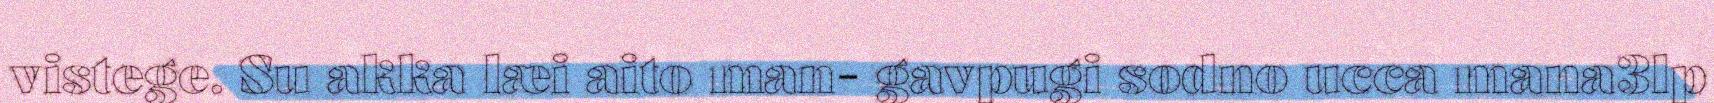
vistege. Su akka læi aito man- gavpugi sodno ucca mana3lp